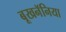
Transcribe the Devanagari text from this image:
बूखनॅनिया